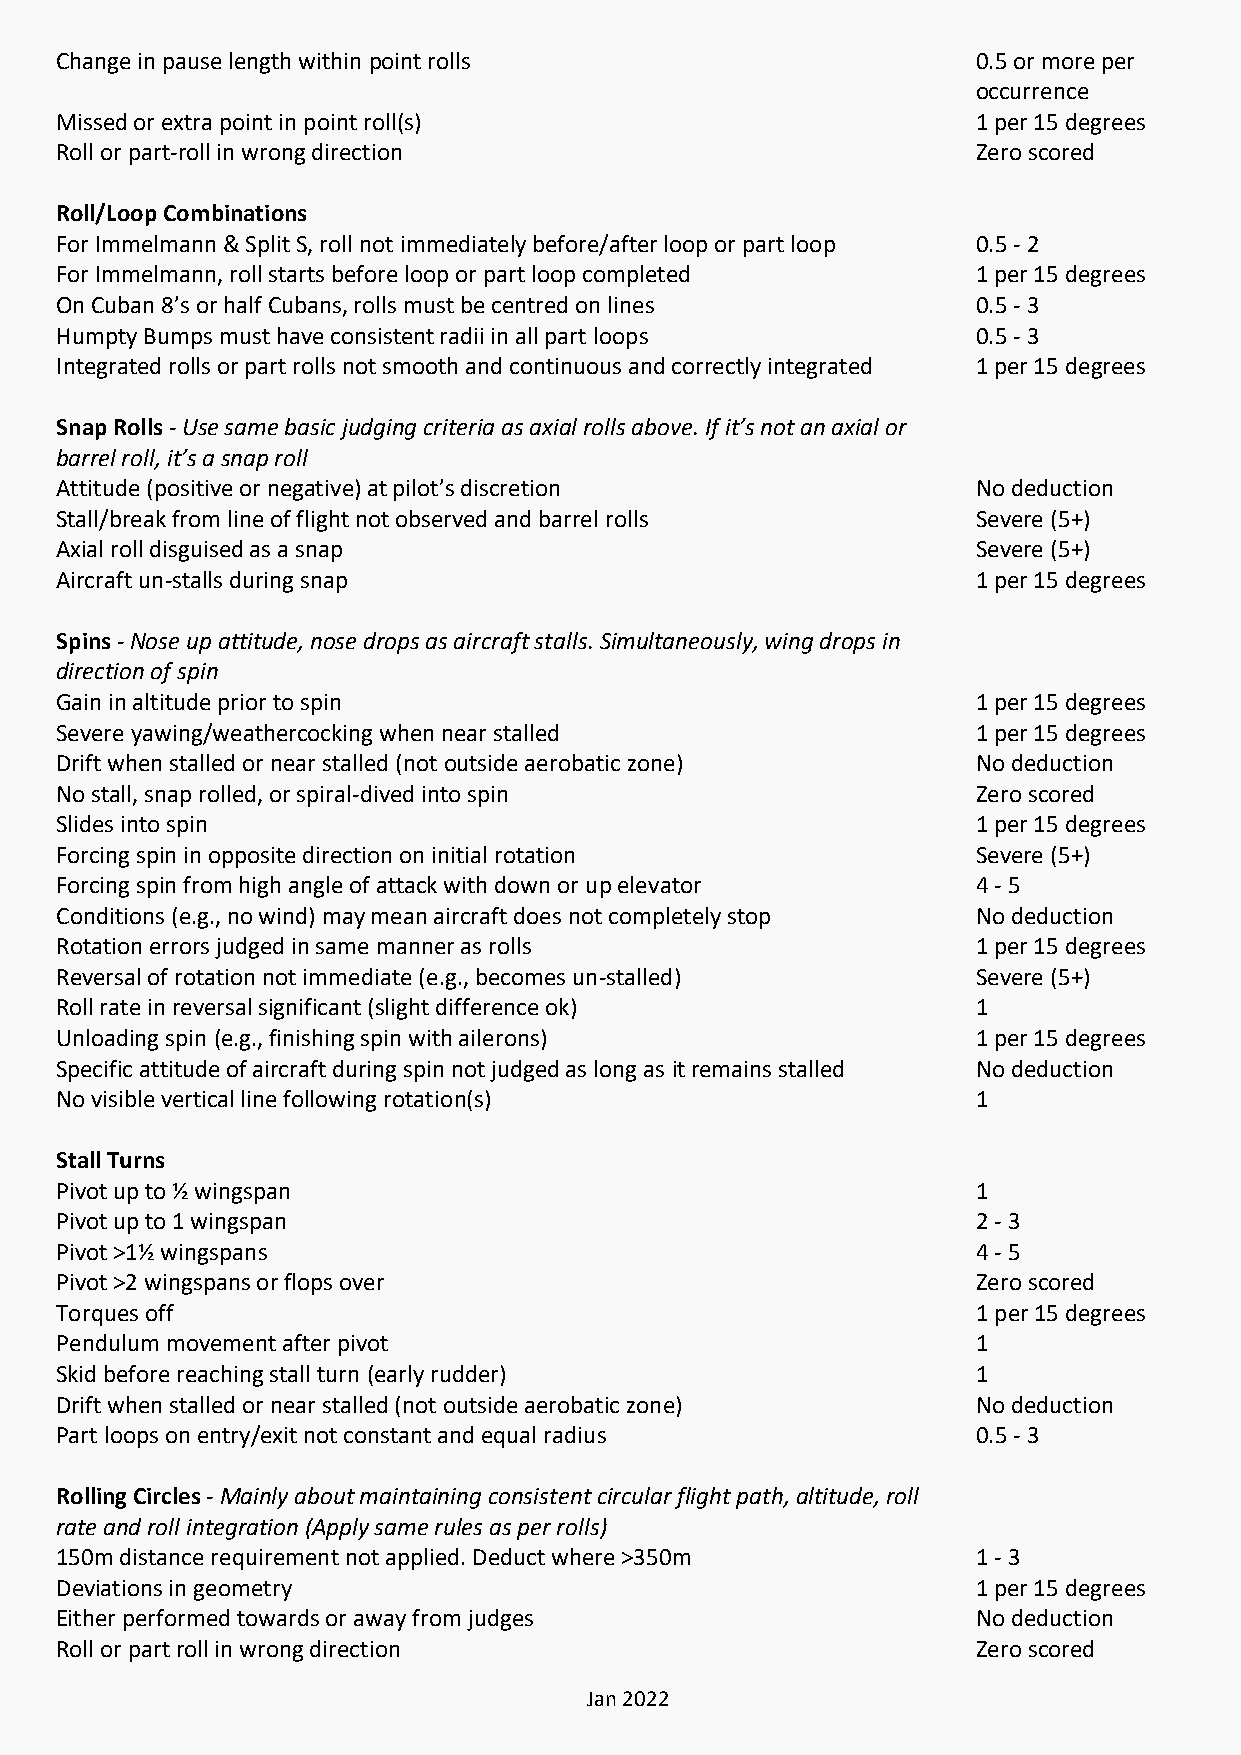
Change in pause length within point rolls                    0.5 or more per
 occurrence
 Missed or extra point in point roll(s)                       1 per 15 degrees
 Roll or part-roll in wrong direction                         Zero scored
 Roll/Loop Combinations
 For Immelmann & Split S, roll not immediately before/after loop or part loop 0.5 - 2
 For Immelmann, roll starts before loop or part loop completed 1 per 15 degrees
 On Cuban 8’s or half Cubans, rolls must be centred on lines  0.5 - 3
 Humpty Bumps must have consistent radii in all part loops    0.5 - 3
 Integrated rolls or part rolls not smooth and continuous and correctly integrated 1 per 15 degrees
 Snap Rolls - Use same basic judging criteria as axial rolls above. If it’s not an axial or
 barrel roll, it’s a snap roll
 Attitude (positive or negative) at pilot’s discretion        No deduction
 Stall/break from line of flight not observed and barrel rolls Severe (5+)
 Axial roll disguised as a snap                               Severe (5+)
 Aircraft un-stalls during snap                               1 per 15 degrees
 Spins - Nose up attitude, nose drops as aircraft stalls. Simultaneously, wing drops in
 direction of spin
 Gain in altitude prior to spin                               1 per 15 degrees
 Severe yawing/weathercocking when near stalled               1 per 15 degrees
 Drift when stalled or near stalled (not outside aerobatic zone) No deduction
 No stall, snap rolled, or spiral-dived into spin             Zero scored
 Slides into spin                                             1 per 15 degrees
 Forcing spin in opposite direction on initial rotation       Severe (5+)
 Forcing spin from high angle of attack with down or up elevator 4 - 5
 Conditions (e.g., no wind) may mean aircraft does not completely stop No deduction
 Rotation errors judged in same manner as rolls               1 per 15 degrees
 Reversal of rotation not immediate (e.g., becomes un-stalled) Severe (5+)
 Roll rate in reversal significant (slight difference ok)     1
 Unloading spin (e.g., finishing spin with ailerons)          1 per 15 degrees
 Specific attitude of aircraft during spin not judged as long as it remains stalled No deduction
 No visible vertical line following rotation(s)               1
 Stall Turns
 Pivot up to ½ wingspan                                       1
 Pivot up to 1 wingspan                                       2 - 3
 Pivot >1½ wingspans                                          4 - 5
 Pivot >2 wingspans or flops over                             Zero scored
 Torques off                                                  1 per 15 degrees
 Pendulum movement after pivot                                1
 Skid before reaching stall turn (early rudder)               1
 Drift when stalled or near stalled (not outside aerobatic zone) No deduction
 Part loops on entry/exit not constant and equal radius       0.5 - 3
 Rolling Circles - Mainly about maintaining consistent circular flight path, altitude, roll
 rate and roll integration (Apply same rules as per rolls)
 150m distance requirement not applied. Deduct where >350m    1 - 3
 Deviations in geometry                                       1 per 15 degrees
 Either performed towards or away from judges                 No deduction
 Roll or part roll in wrong direction                         Zero scored
 Jan 2022